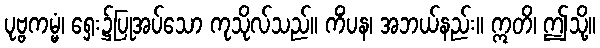
ပုဗ္ဗကမ္မံ၊ ရှေး၌ပြုအပ်သော ကုသိုလ်သည်။ ကိံပန၊ အဘယ်နည်း။ ဣတိ၊ ဤသို့။